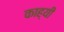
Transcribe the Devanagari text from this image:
काह्यी